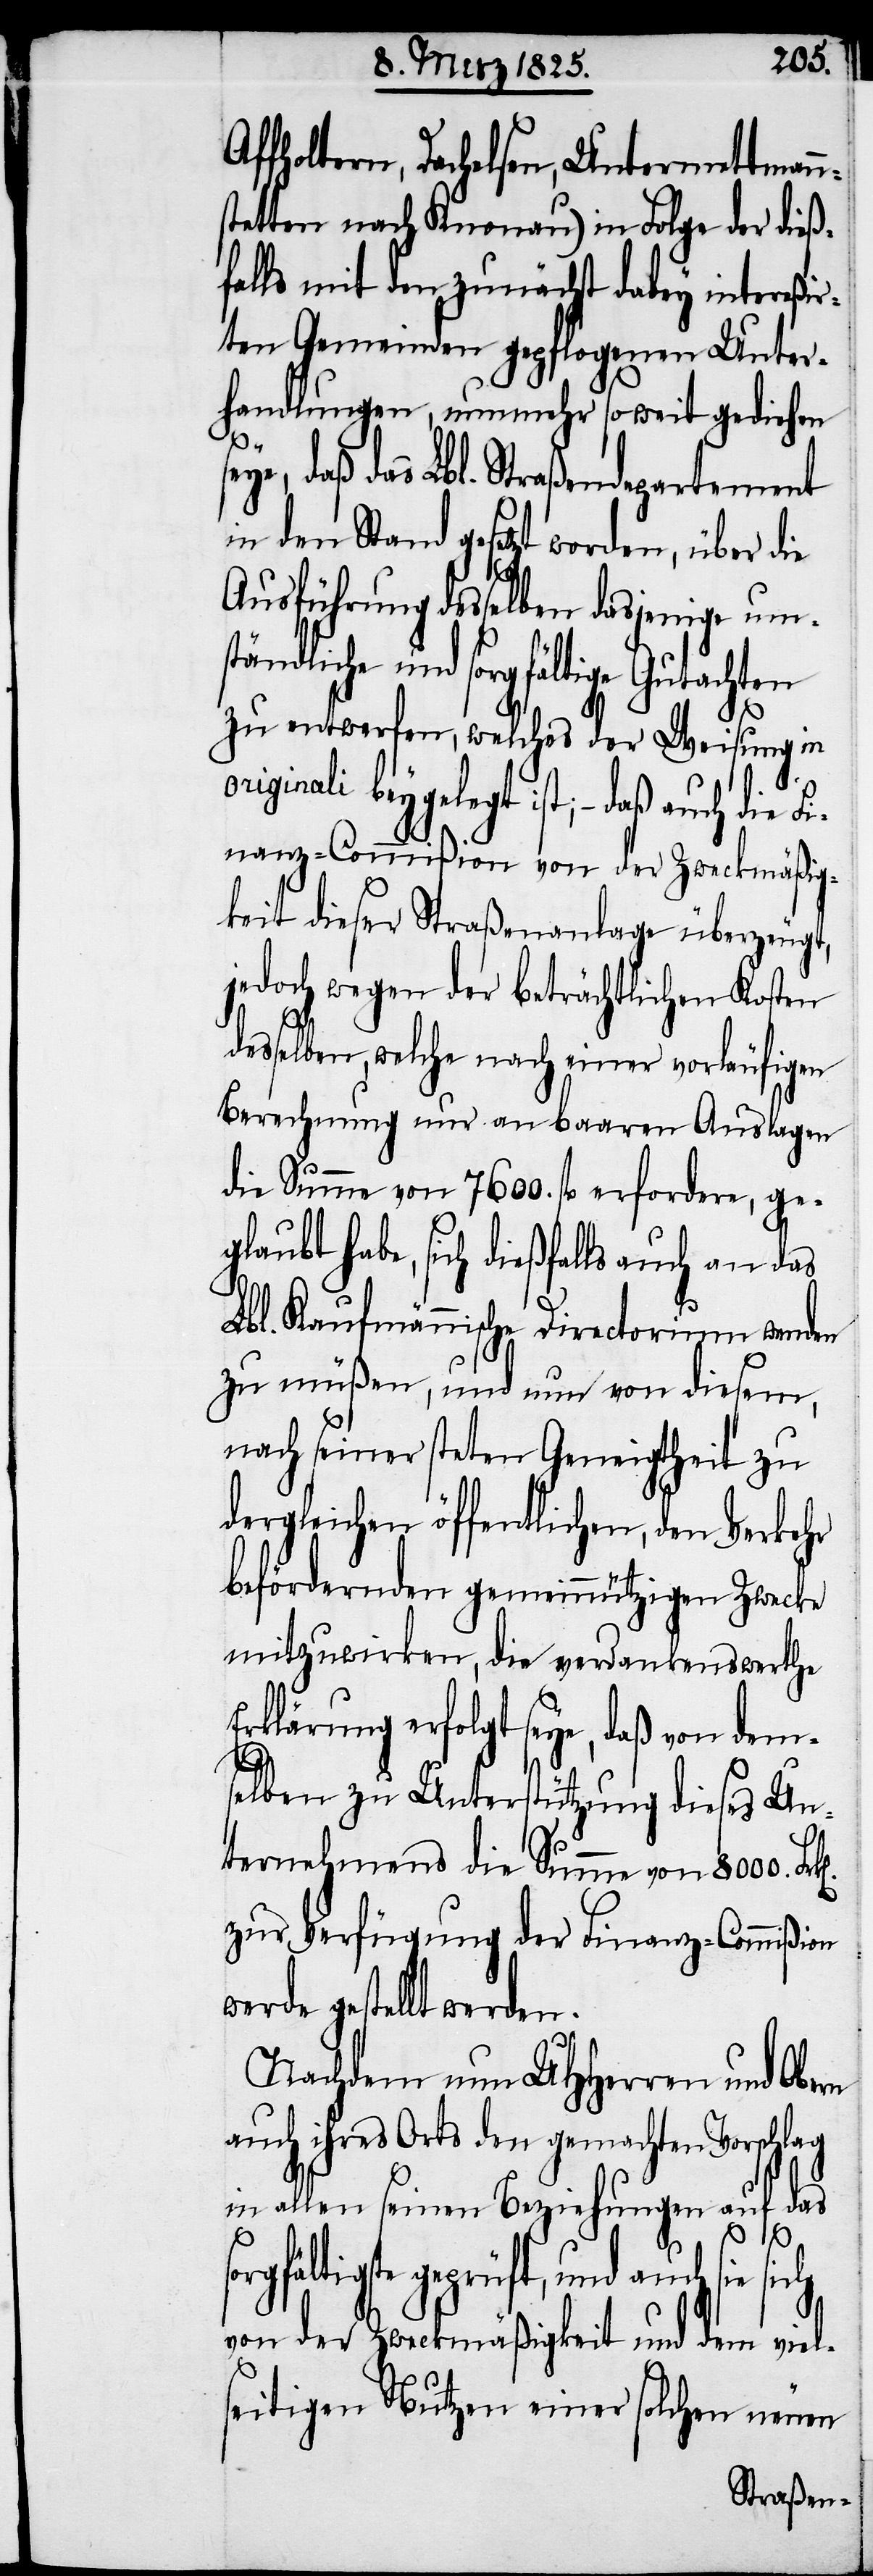
Affholtern, Dachelsen, Untermettmann¬
stetten nach Knonau) in Folge der dieß¬
falls mit den zunächst dabey intereßir¬
ten Gemeinden gepflogenen Unter¬
handlungen, nunmehr soweit gediehen
daß das Lbl. Straßendepartement
in den Stand gesetzt worden, über die
Ausführung desselben dasjenige um¬
ständliche und sorgfältige Gutachten
zu entwerfen, welches der Weisung in
nanz-Commißion von der Zweckmäßig¬
keit dieser Straßenanlage überzeugt,
jedoch wegen der beträchtlichen Kosten
desselben, welche nach einer vorläufigen
Berechnung nur an baaren Auslagen
die Summe von 7600. fl erfordere, ge¬
glaubt habe, sich dießfalls auch an das
Lbl. Kaufmännische Directorium wenden
zu müßen, und nun von diesem
nach seiner steten Geneigtheit zu
dergleichen öffentlichen, den Verkehr
befördernden gemeinnützigen Zwecke
mitzuwirken, die verdankenswerthe
Erklärung erfolgt seye, daß von dem¬
selben zu Unterstützung dieses Un¬
ternehmens die Summe von 8000.
zur Verfügung der Finanz-Commißion
werde gestellt werden.
Nachdem nun UHHerren und Obern
auch ihres Orts den gemachten Vorschlag
in allen seinen Beziehungen auf das
sor¬
sie sich
von der Zweckmäßigkeit und dem viel¬
seitigen Nutzen einer solchen neuen